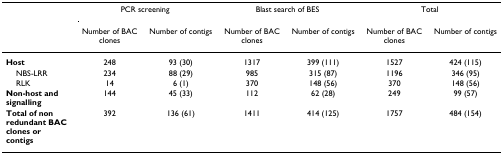
|  | <COLSPAN=2> PCR screening | <COLSPAN=2> Blast search of BES | <COLSPAN=2> Total |
 |  | Number of BAC clones | Number of contigs | Number of BAC clones | Number of contigs | Number of BAC clones | Number of contigs |
 | --- | --- | --- | --- | --- | --- | --- |
 | Host | 248 | 93 (30) | 1317 | 399 (111) | 1527 | 424 (115) |
 | NBS-LRR | 234 | 88 (29) | 985 | 315 (87) | 1196 | 346 (95) |
 | RLK | 14 | 6 (1) | 370 | 148 (56) | 370 | 148 (56) |
 | Non-host and signalling | 144 | 45 (33) | 112 | 62 (28) | 249 | 99 (57) |
 | Total of non redundant BAC clones or contigs | 392 | 136 (61) | 1411 | 414 (125) | 1757 | 484 (154) |